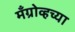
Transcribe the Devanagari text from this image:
मँग्रोव्हच्या